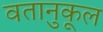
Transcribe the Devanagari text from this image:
वतानुकूल